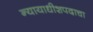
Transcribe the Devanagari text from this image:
न्यायाधीशपदाचा